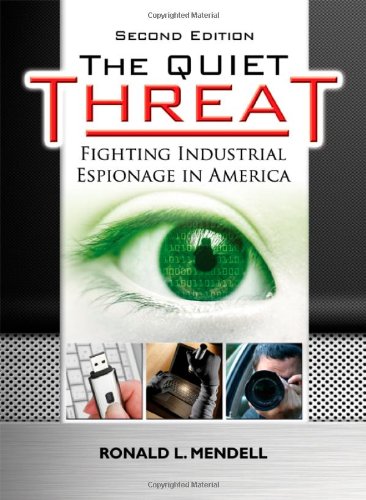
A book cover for The Quiet Threat: Fighting Industrial Espionage in America; Ronald L. Mendell; Business & Money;